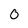
Character: 0